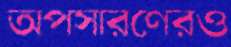
অপসারণেরও